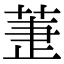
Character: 𦱥